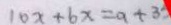
1 0 x + 6 x = a + 3